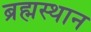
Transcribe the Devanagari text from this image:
ब्रह्मस्थान